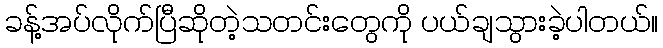
ခန့်အပ်လိုက်ပြီဆိုတဲ့သတင်းတွေကို ပယ်ချသွားခဲ့ပါတယ်။